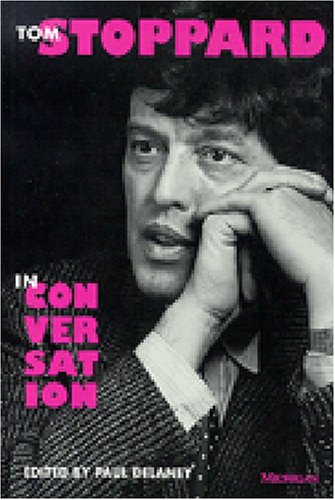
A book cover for Tom Stoppard in Conversation (Theater: Theory/Text/Performance); Humor & Entertainment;